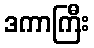
ဒကာကြီး